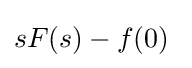
sF(s)-f(0)\